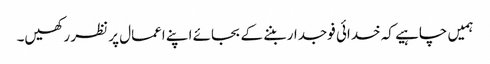
ہمیں چاہیے کہ خدائی فوجدار بننے کے بجائے اپنے اعمال پر نظر رکھیں۔